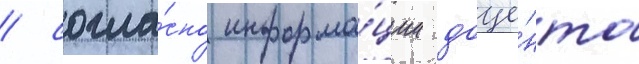
/ согла́сно информа́ции доце́нта